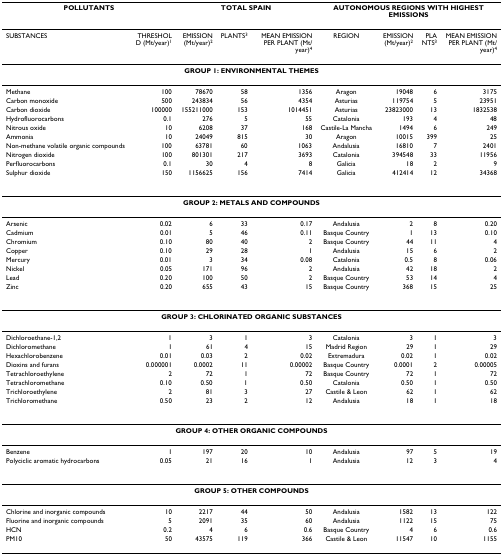
<table><thead><tr><td colspan="2"><b>POLLUTANTS</b></td><td colspan="3"><b>TOTAL SPAIN</b></td><td colspan="4"><b>AUTONOMOUS REGIONS WITH HIGHEST EMISSIONS</b></td></tr></thead><tbody><tr><td>SUBSTANCES</td><td>THRESHOLD (Mt/year)<sup>1</sup></td><td>EMISSION (Mt/year)<sup>2</sup></td><td>PLANTS<sup>3</sup></td><td>MEAN EMISSION PER PLANT (Mt/year)<sup>4</sup></td><td>REGION</td><td>EMISSION (Mt/year)<sup>2</sup></td><td>PLANTS<sup>3</sup></td><td>MEAN EMISSION PER PLANT (Mt/year)<sup>4</sup></td></tr><tr><td colspan="9"><b>GROUP 1: ENVIRONMENTAL THEMES</b></td></tr><tr><td>Methane</td><td>100</td><td>78670</td><td>58</td><td>1356</td><td>Aragon</td><td>19048</td><td>6</td><td>3175</td></tr><tr><td>Carbon monoxide</td><td>500</td><td>243834</td><td>56</td><td>4354</td><td>Asturias</td><td>119754</td><td>5</td><td>23951</td></tr><tr><td>Carbon dioxide</td><td>100000</td><td>155211000</td><td>153</td><td>1014451</td><td>Asturias</td><td>23823000</td><td>13</td><td>1832538</td></tr><tr><td>Hydrofluorocarbons</td><td>0.1</td><td>276</td><td>5</td><td>55</td><td>Catalonia</td><td>193</td><td>4</td><td>48</td></tr><tr><td>Nitrous oxide</td><td>10</td><td>6208</td><td>37</td><td>168</td><td>Castile-La Mancha</td><td>1494</td><td>6</td><td>249</td></tr><tr><td>Ammonia</td><td>10</td><td>24049</td><td>815</td><td>30</td><td>Aragon</td><td>10015</td><td>399</td><td>25</td></tr><tr><td>Non-methane volatile organic compounds</td><td>100</td><td>63781</td><td>60</td><td>1063</td><td>Andalusia</td><td>16810</td><td>7</td><td>2401</td></tr><tr><td>Nitrogen dioxide</td><td>100</td><td>801301</td><td>217</td><td>3693</td><td>Catalonia</td><td>394548</td><td>33</td><td>11956</td></tr><tr><td>Perfluorocarbons</td><td>0.1</td><td>30</td><td>4</td><td>8</td><td>Galicia</td><td>18</td><td>2</td><td>9</td></tr><tr><td>Sulphur dioxide</td><td>150</td><td>1156625</td><td>156</td><td>7414</td><td>Galicia</td><td>412414</td><td>12</td><td>34368</td></tr><tr><td colspan="9"><b>GROUP 2: METALS AND COMPOUNDS</b></td></tr><tr><td>Arsenic</td><td>0.02</td><td>6</td><td>33</td><td>0.17</td><td>Andalusia</td><td>2</td><td>8</td><td>0.20</td></tr><tr><td>Cadmium</td><td>0.01</td><td>5</td><td>46</td><td>0.11</td><td>Basque Country</td><td>1</td><td>13</td><td>0.10</td></tr><tr><td>Chromium</td><td>0.10</td><td>80</td><td>40</td><td>2</td><td>Basque Country</td><td>44</td><td>11</td><td>4</td></tr><tr><td>Copper</td><td>0.10</td><td>29</td><td>28</td><td>1</td><td>Andalusia</td><td>15</td><td>6</td><td>2</td></tr><tr><td>Mercury</td><td>0.01</td><td>3</td><td>34</td><td>0.08</td><td>Catalonia</td><td>0.5</td><td>8</td><td>0.06</td></tr><tr><td>Nickel</td><td>0.05</td><td>171</td><td>96</td><td>2</td><td>Andalusia</td><td>42</td><td>18</td><td>2</td></tr><tr><td>Lead</td><td>0.20</td><td>100</td><td>50</td><td>2</td><td>Basque Country</td><td>53</td><td>14</td><td>4</td></tr><tr><td>Zinc</td><td>0.20</td><td>655</td><td>43</td><td>15</td><td>Basque Country</td><td>368</td><td>15</td><td>25</td></tr><tr><td colspan="9"><b>GROUP 3: CHLORINATED ORGANIC SUBSTANCES</b></td></tr><tr><td>Dichloroethane-1,2</td><td>1</td><td>3</td><td>1</td><td>3</td><td>Catalonia</td><td>3</td><td>1</td><td>3</td></tr><tr><td>Dichloromethane</td><td>1</td><td>61</td><td>4</td><td>15</td><td>Madrid Region</td><td>29</td><td>1</td><td>29</td></tr><tr><td>Hexachlorobenzene</td><td>0.01</td><td>0.03</td><td>2</td><td>0.02</td><td>Extremadura</td><td>0.02</td><td>1</td><td>0.02</td></tr><tr><td>Dioxins and furans</td><td>0.000001</td><td>0.0002</td><td>11</td><td>0.00002</td><td>Basque Country</td><td>0.0001</td><td>2</td><td>0.00005</td></tr><tr><td>Tetrachloroethylene</td><td>2</td><td>72</td><td>1</td><td>72</td><td>Basque Country</td><td>72</td><td>1</td><td>72</td></tr><tr><td>Tetrachloromethane</td><td>0.10</td><td>0.50</td><td>1</td><td>0.50</td><td>Catalonia</td><td>0.50</td><td>1</td><td>0.50</td></tr><tr><td>Trichloroethylene</td><td>2</td><td>81</td><td>3</td><td>27</td><td>Castile &amp; Leon</td><td>62</td><td>1</td><td>62</td></tr><tr><td>Trichloromethane</td><td>0.50</td><td>23</td><td>2</td><td>12</td><td>Andalusia</td><td>18</td><td>1</td><td>18</td></tr><tr><td colspan="9"><b>GROUP 4: OTHER ORGANIC COMPOUNDS</b></td></tr><tr><td>Benzene</td><td>1</td><td>197</td><td>20</td><td>10</td><td>Andalusia</td><td>97</td><td>5</td><td>19</td></tr><tr><td>Polyciclic aromatic hydrocarbons</td><td>0.05</td><td>21</td><td>16</td><td>1</td><td>Andalusia</td><td>12</td><td>3</td><td>4</td></tr><tr><td colspan="9"><b>GROUP 5: OTHER COMPOUNDS</b></td></tr><tr><td>Chlorine and inorganic compounds</td><td>10</td><td>2217</td><td>44</td><td>50</td><td>Andalusia</td><td>1582</td><td>13</td><td>122</td></tr><tr><td>Fluorine and inorganic compounds</td><td>5</td><td>2091</td><td>35</td><td>60</td><td>Andalusia</td><td>1122</td><td>15</td><td>75</td></tr><tr><td>HCN</td><td>0.2</td><td>4</td><td>6</td><td>0.6</td><td>Basque Country</td><td>4</td><td>6</td><td>0.6</td></tr><tr><td>PM10</td><td>50</td><td>43575</td><td>119</td><td>366</td><td>Castile &amp; Leon</td><td>11547</td><td>10</td><td>1155</td></tr></tbody></table>